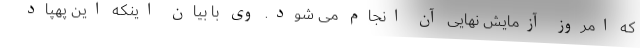
که امروز آزمایش نهایی آن انجام می شود. وی با بیان اینکه این پهپاد